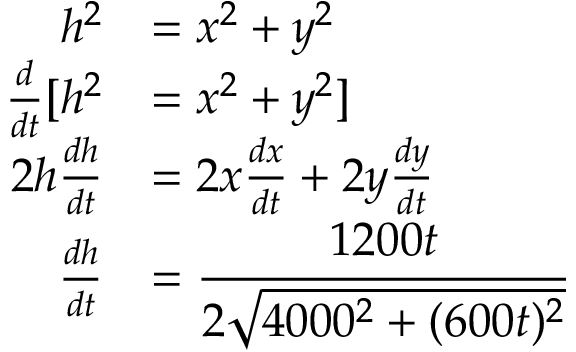
\begin{array} { r l } { h ^ { 2 } } & { = x ^ { 2 } + y ^ { 2 } } \\ { \frac { d } { d t } [ h ^ { 2 } } & { = x ^ { 2 } + y ^ { 2 } ] } \\ { 2 h \frac { d h } { d t } } & { = 2 x \frac { d x } { d t } + 2 y \frac { d y } { d t } } \\ { \frac { d h } { d t } } & { = \cfrac { 1 2 0 0 t } { 2 \sqrt { 4 0 0 0 ^ { 2 } + ( 6 0 0 t ) ^ { 2 } } } } \end{array}